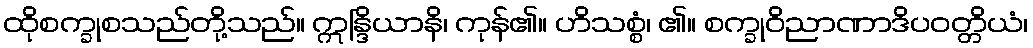
ထိုစက္ခုစသည်တို့သည်။ ဣန္ဒြိယာနိ၊ ကုန်၏။ ဟိသစ္စံ၊ ၏။ စက္ခုဝိညာဏာဒိပဝတ္တိယံ၊